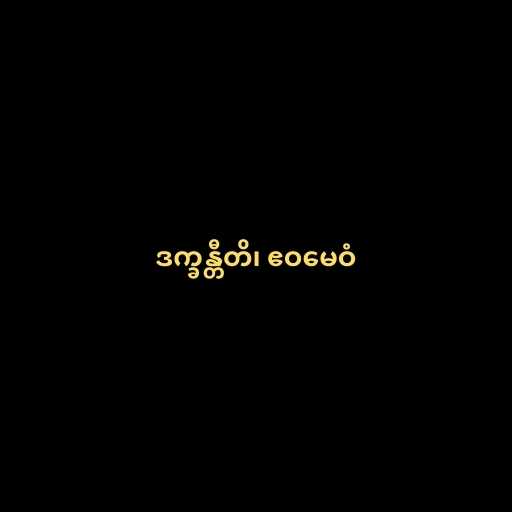
ဒက္ခန္တီတိ၊ ဧဝမေဝံ